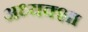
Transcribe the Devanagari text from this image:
अध्यक्शा